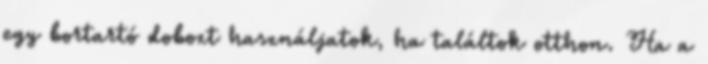
egy bortartó dobozt használjatok, ha találtok otthon. Ha a